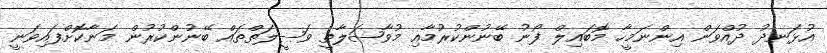
އުޅަނދު ދުއްވަން އިންނަމީހާ މޮބައިލް ފޯނު ބޭނުންކުރުމާއި މުވާޞަލާތީ ވަޞީލަތްތައް ބޭނުންކުރުން މަނާކޮށްފައިވަނީ